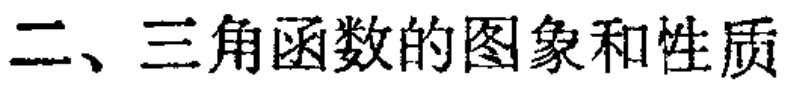
二、三角函数的图象和性质